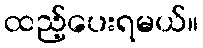
ထည့်ပေးရမယ်။